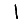
Digit: 1